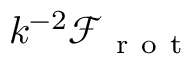
k ^ { - 2 } \mathcal { F } _ { \mathrm { ~ r ~ o ~ t ~ } }